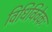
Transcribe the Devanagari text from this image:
विधिविवेकः